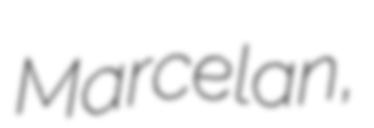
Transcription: Marcelan,